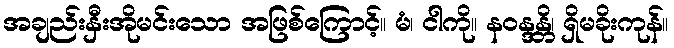
အချည်းနှီးအိုမင်းသော အဖြစ်ကြောင့်။ မံ၊ ငါကို။ နဝန္ဒန္တိ၊ ရှိမခိုးကုန်။